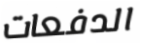
الدفعات